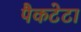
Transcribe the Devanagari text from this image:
पैकटेटा